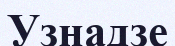
Узнадзе